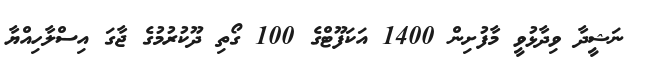
ނަޝީދާ ވިދާޅުވީ މާފުށިން 1400 އަކަފޫޓްގެ 100 ގޯތި ދޫކުރުމުގެ ޖާގަ އިސްލާހިއްޔާ